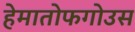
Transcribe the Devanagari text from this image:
हेमातोफगोउस